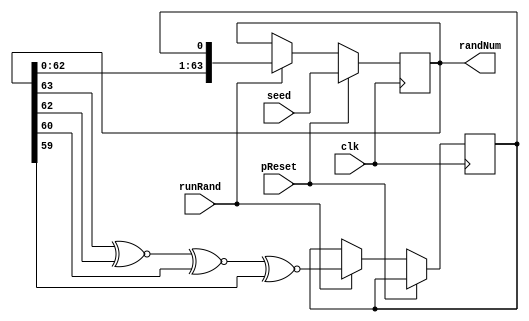
//Implements a Fibonacci LFSR to generate pseudo-random bit sequence.  
//Generate 3 levels of xNOR, so definitely limiter of clock speed.  

module prand64
(
    input clk,
    input pReset,
    input runRand,
    input [63:0] seed,
    output [63:0] randNum
);

reg [63:0] randValue = 64'h0123456789ABCDEF;
reg r_XNOR = 0;

always @(posedge clk) begin
    if (pReset == 1'b1) begin
        randValue <= seed;
    end
    else begin 
        if (runRand == 1'b1) begin
            //Found LFSR Taps here:  https://docs.xilinx.com/v/u/en-US/xapp052
            r_XNOR <= randValue[63] ^~ randValue[62] ^~ randValue[60] ^~ randValue[59];
            randValue <= {randValue[62:0], r_XNOR};
        end
    end
    

end

assign randNum = randValue;


endmodule